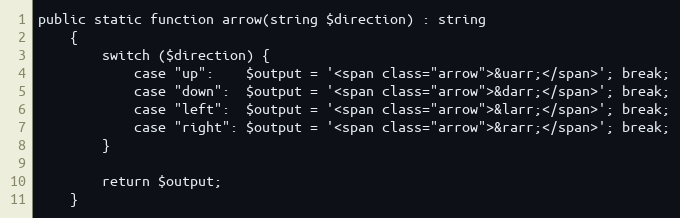
Language: PHP
public static function arrow(string $direction) : string
    {
        switch ($direction) {
            case "up": 	  $output = '<span class="arrow">&uarr;</span>'; break;
            case "down":  $output = '<span class="arrow">&darr;</span>'; break;
            case "left":  $output = '<span class="arrow">&larr;</span>'; break;
            case "right": $output = '<span class="arrow">&rarr;</span>'; break;
        }

        return $output;
    }